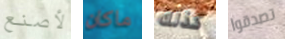
لأصنع ماكان كذلك تصدقوا